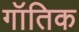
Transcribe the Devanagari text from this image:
गॉतिक